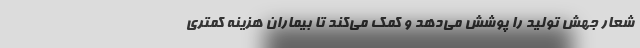
شعار جهش تولید را پوشش می‌دهد و کمک می‌کند تا بیماران هزینه کمتری